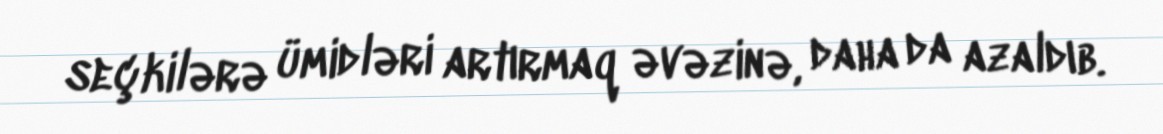
seçkilərə ümidləri artırmaq əvəzinə, daha da azaldıb.